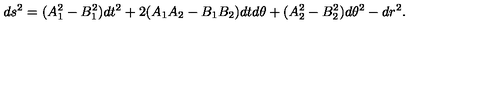
d s ^ { 2 } = ( A _ { 1 } ^ { 2 } - B _ { 1 } ^ { 2 } ) d t ^ { 2 } + 2 ( A _ { 1 } A _ { 2 } - B _ { 1 } B _ { 2 } ) d t d \theta + ( A _ { 2 } ^ { 2 } - B _ { 2 } ^ { 2 } ) d \theta ^ { 2 } - d r ^ { 2 } .